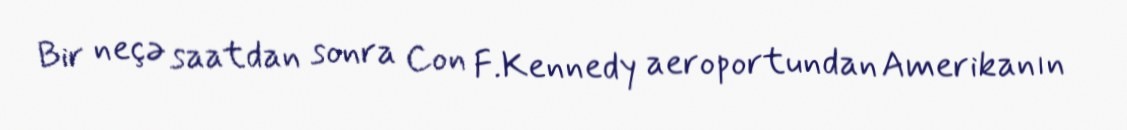
Bir neçə saatdan sonra Con F.Kennedy aeroportundan Amerikanın